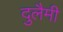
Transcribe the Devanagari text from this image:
दुलैमी